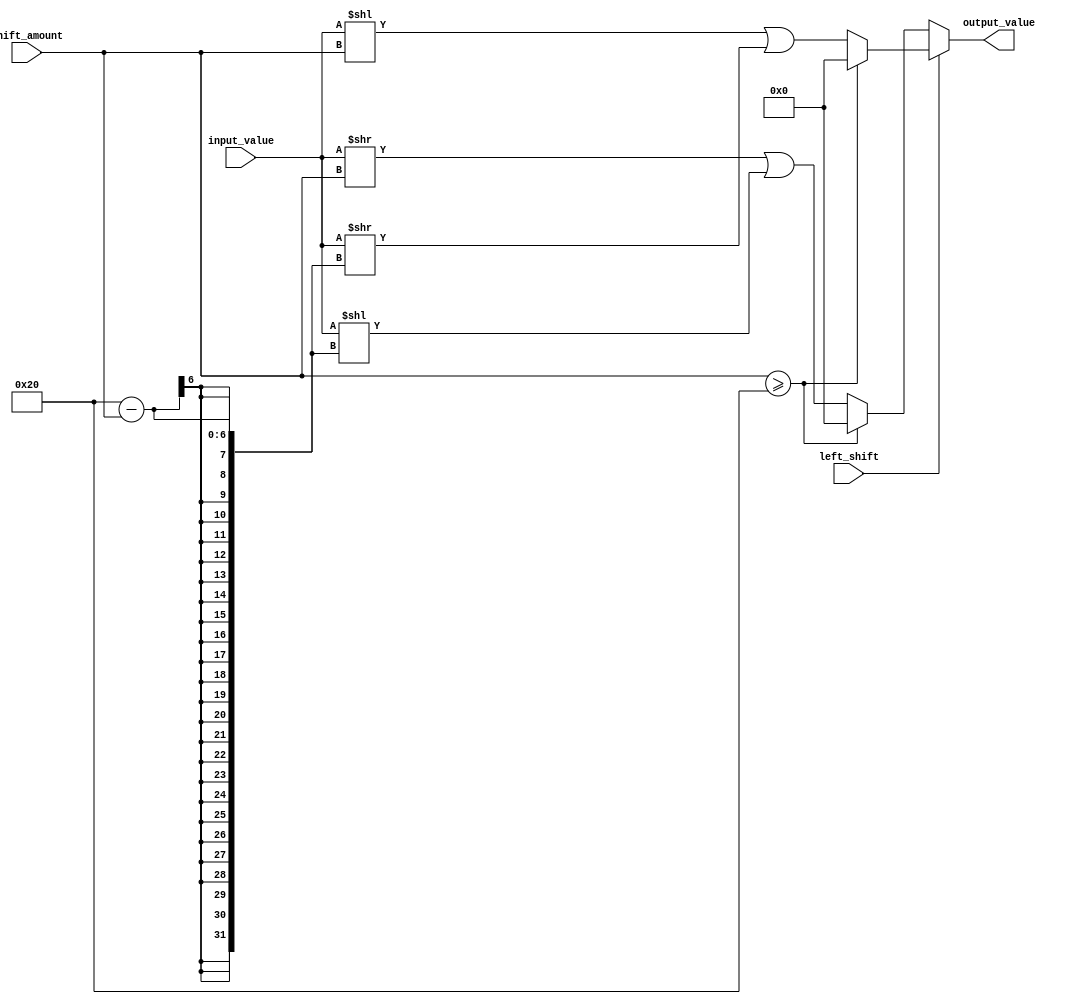
module rotating_barrel_shifter (
  input signed [31:0] input_value,
  input [4:0] shift_amount,
  input left_shift,
  output reg signed [31:0] output_value
);

always @(*) begin
  if (left_shift) begin
    if (shift_amount >= 32) begin
      output_value = 0;
    end else begin
      output_value = (input_value << shift_amount) | (input_value >> (32 - shift_amount));
    end
  end else begin
    if (shift_amount >= 32) begin
      output_value = 0;
    end else begin
      output_value = (input_value >> shift_amount) | (input_value << (32 - shift_amount));
    end
  end
end

endmodule